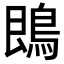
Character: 鵖